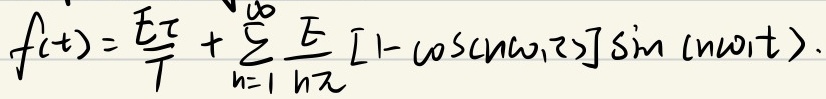
\(f(t)=\frac{E\tau}{T}+\sum_{n = 1}^{\infty}\frac{E}{n\pi}[1 - \cos(n\omega_{1}\tau)]\sin(n\omega_{1}t).\)